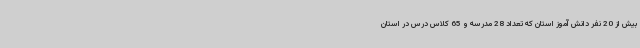
بیش از 20 نفر دانش آموز استان که تعداد 28 مدرسه و 65 کلاس درس در استان